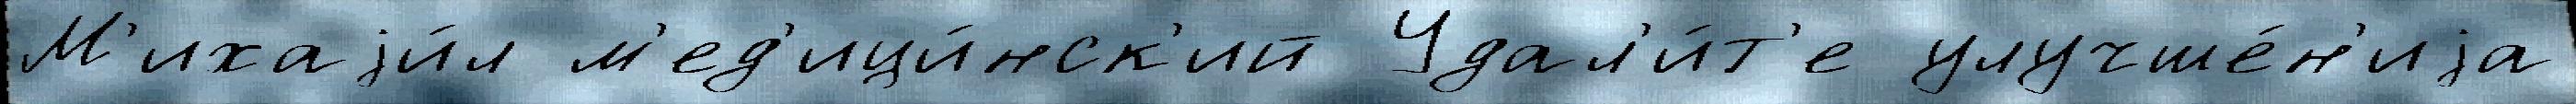
М'ихаjи́л м'ед'ици́нск'ий Удал'и́т'е улучше́н'иjа